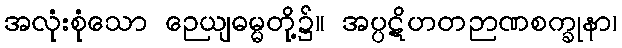
အလုံးစုံသော ဉေယျဓမ္မတို့၌။ အပ္ပဋိဟတဉာဏစက္ခုနာ၊